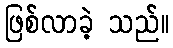
ဖြစ်လာခဲ့ သည်။